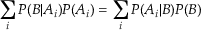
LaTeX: \sum _ { i } { P ( B | A _ { i } ) P ( A _ { i } ) } = \sum _ { i } { P ( A _ { i } | B ) P ( B ) }